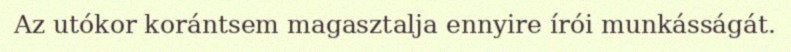
Az utókor korántsem magasztalja ennyire írói munkásságát.